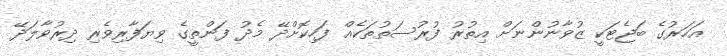
އަހަރުގެ ބަޖެޓަކީ ޒުވާނުންނަށް އިތުރު ފުރުސަތުތަކެއް ފަހިކޮށްދޭ މެދު ފަންތީގެ ވިޔަފާރިވެރި ދިރުވާލަދޭ